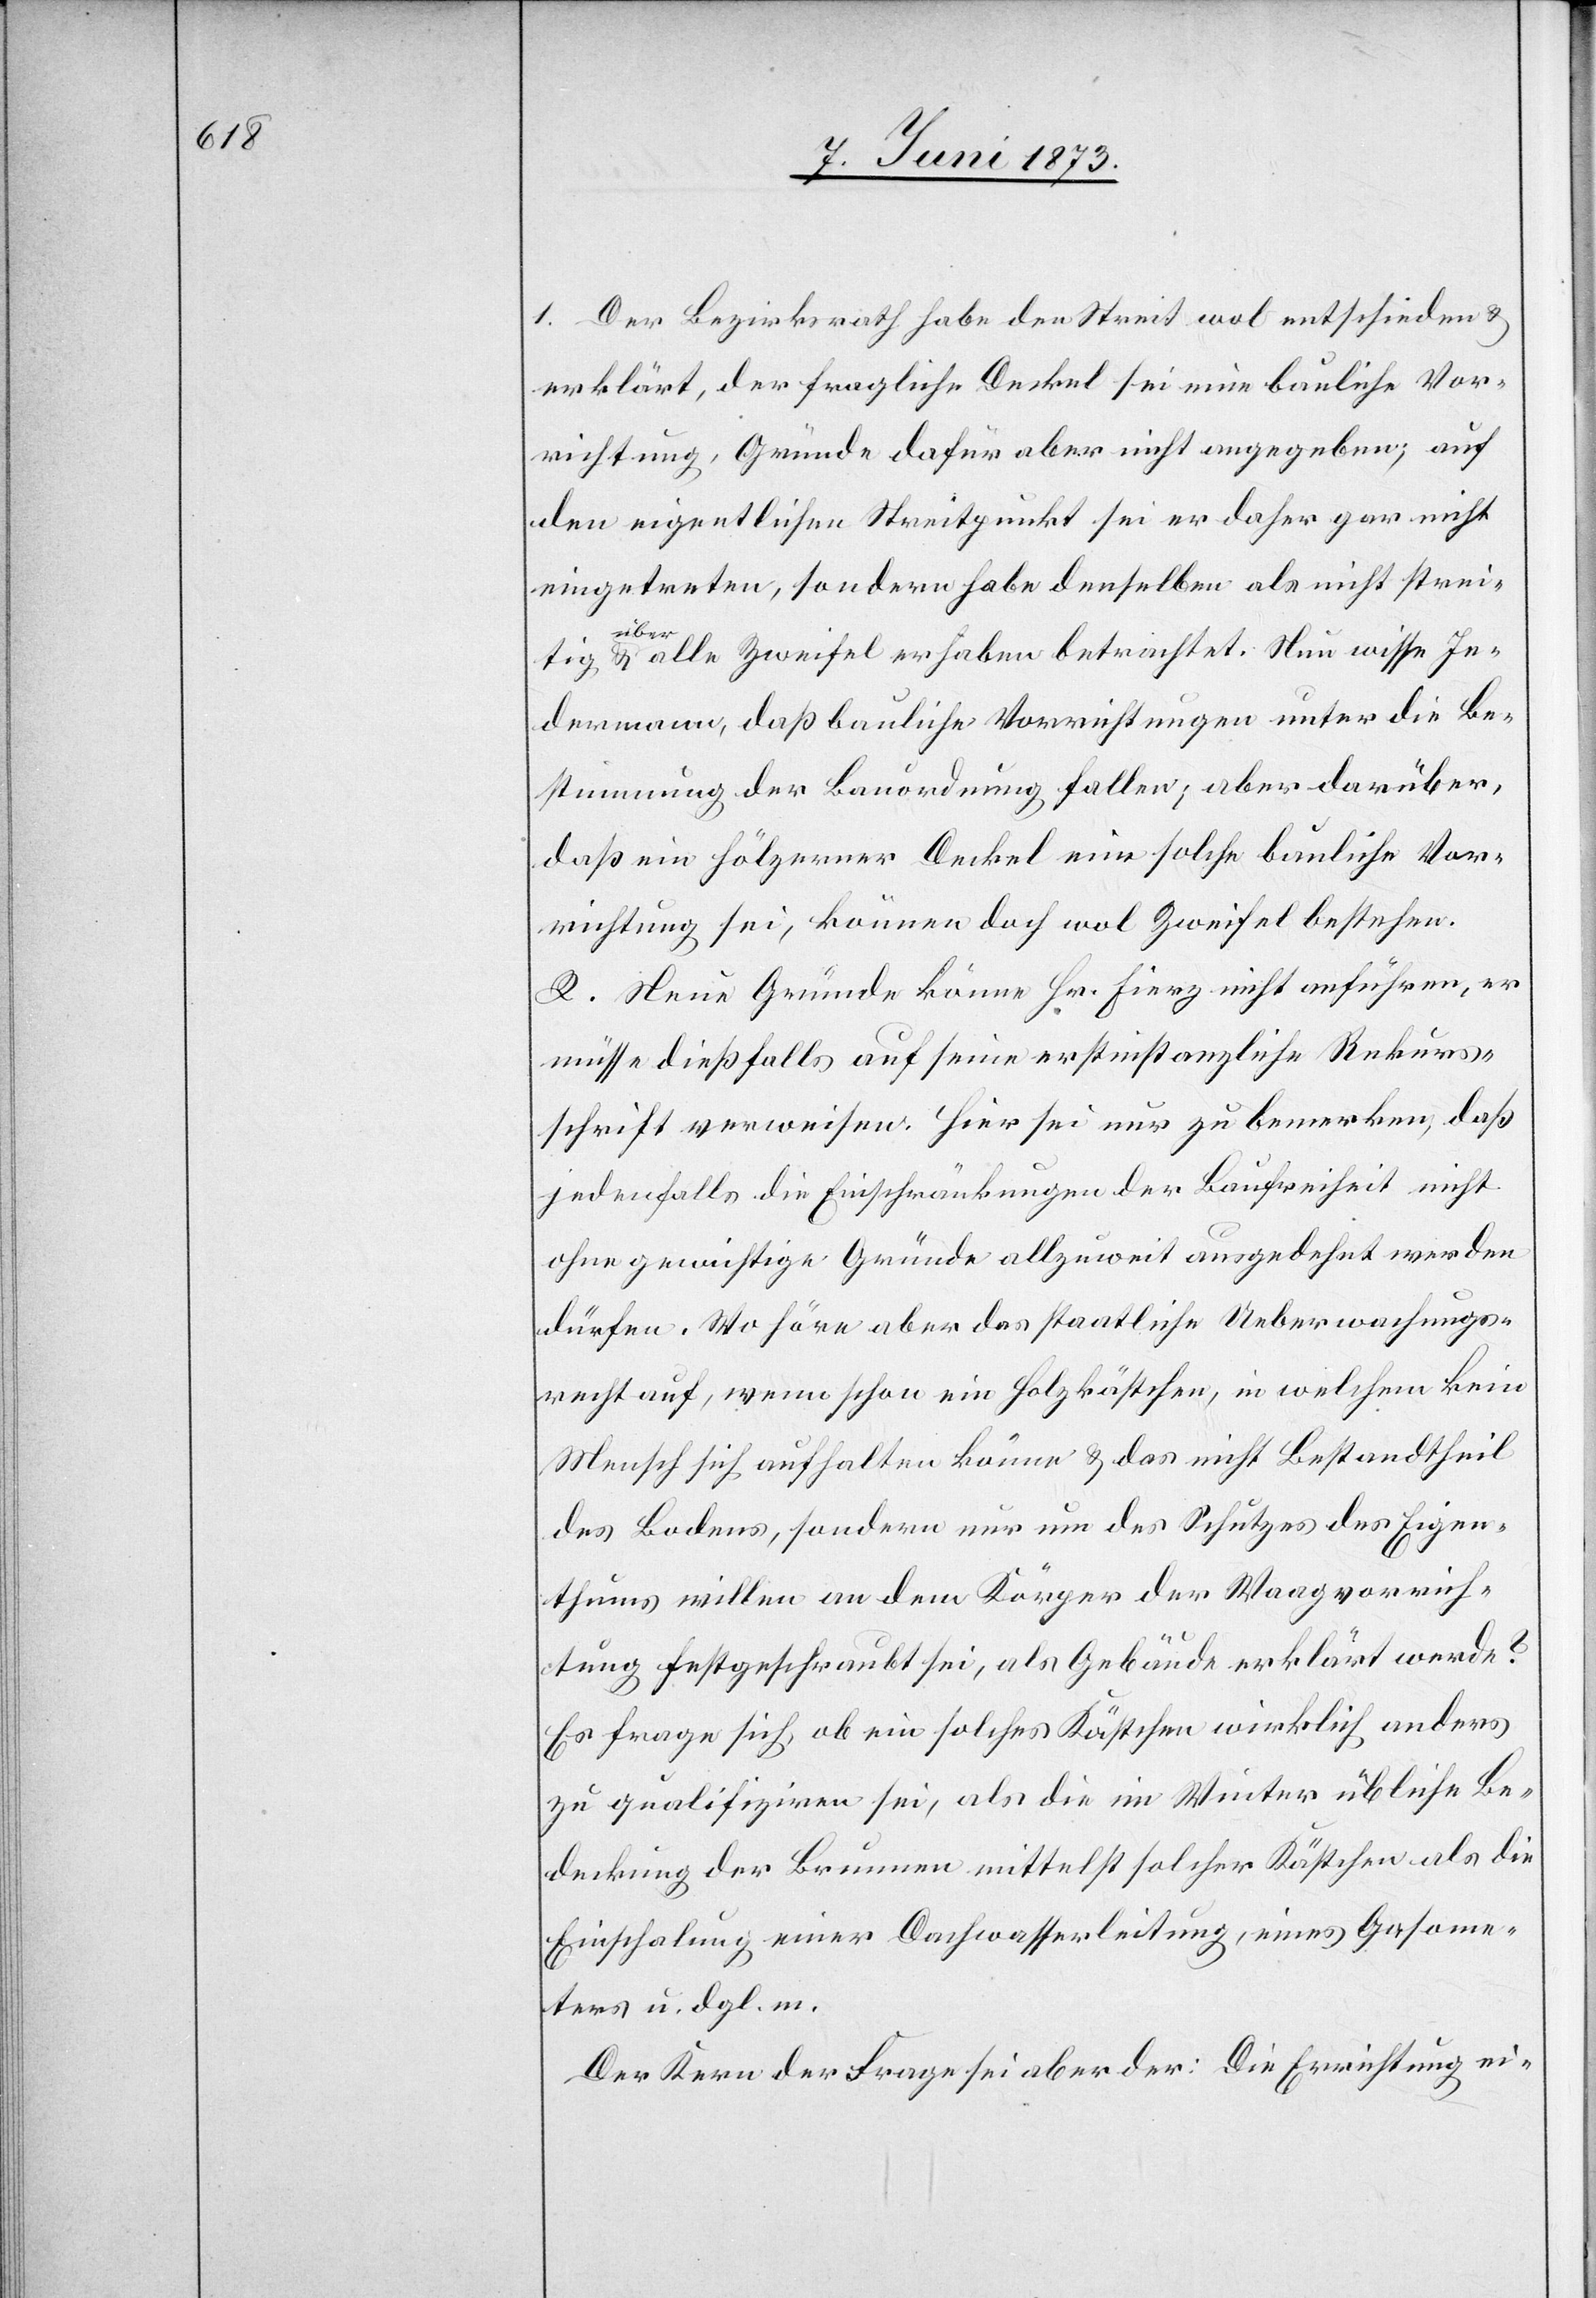
1. Der Bezirksrath habe den Streit wol entschieden &
erklärt, der fragliche Deckel sei eine bauliche Vor¬
richtung, Gründe dafür aber nicht angegeben; auf
den eigentlichen Streitpunkt sei er daher gar nicht
eingetreten, sondern habe denselben als nicht strei¬
ber
alle Zweifel erhaben betrachtet. Nun wisse Je¬
tig & ü¬
dermann, daß bauliche Vorrichtungen unter die Be¬
stimmung der Bauordnung fallen; aber darüber,
daß ein hölzerner Deckel eine solche bauliche Vor¬
richtung sei, können doch wol Zweifel bestehen.
2. Neue Gründe könne Hr. Fierz nicht anführen, er
müsse dießfalls auf seine erstinstanzliche Rekurs¬
schrift verweisen. Hier sei nur zu bemerken, daß
jedenfalls die Einschränkungen der Baufreiheit nicht
ohne gewichtige Gründe allzuweit ausgedehnt werden
dürfen. Wo höre aber das staatliche Ueberwachungs¬
recht auf, wenn schon ein Holzkästchen, in welchem kein
Mensch sich aufhalten könne & das nicht Bestandtheil
des Bodens, sondern nur um das Schützens des Eigen¬
thums willen an dem Körper der Waagvorrich¬
tung festgeschraubt sei, als Gebäude erklärt werde?
Es frage sich, ob ein solches Kästchen wirklich anders
zu qualifiziren sei, als die im Winter übliche Be¬
deckung der Brunnen mittelst solcher Kästchen als die
Einschalung einer Dachwasserleitung, eines Gasome¬
ter u. dgl. m.
Der Kern der Frage sei aber der: Die Errichtung ei-